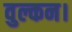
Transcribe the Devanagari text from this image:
वुल्कन।